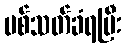
ပစ်သတ်ခံရပြီး